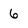
Character: 6